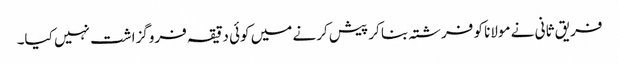
فریق ثانی نے مولانا کو فرشتہ بنا کر پیش کرنے میں کوئی دقیقہ فروگزاشت نہیں کیا۔